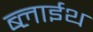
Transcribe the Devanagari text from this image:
ब्लाईथ